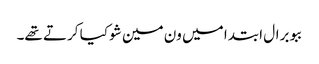
ببو برال ابتدا میں ون مین شو کیا کرتے تھے۔